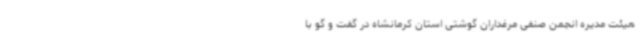
هیئت مدیره انجمن صنفی مرغداران گوشتی استان کرمانشاه در گفت و گو با